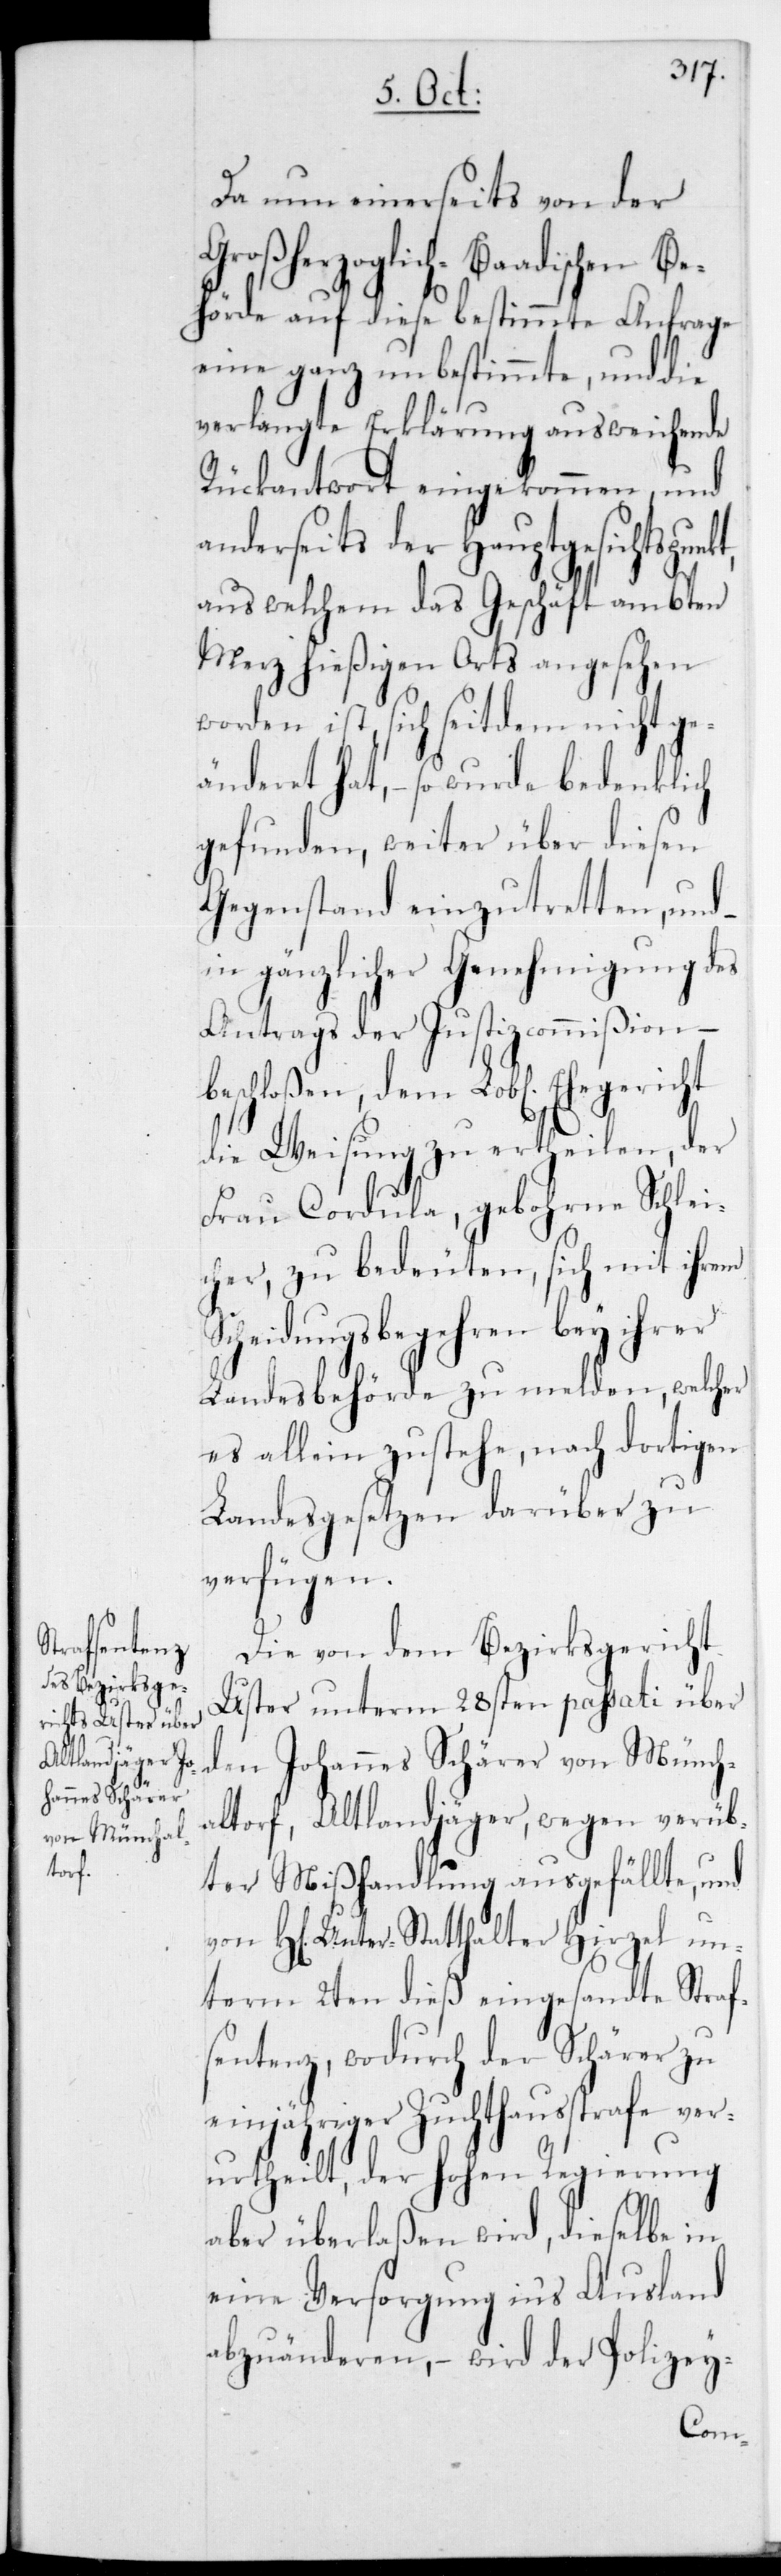
Da nun einerseits von der
Großherzoglich-Baadischen Be¬
hörde auf diese bestimmte Anfrage
eine ganz unbestimmte, und die
verlangte Erklärung ausweichende
Rückantwort eingekommen, und
anderseits der Hauptgesichtspunkt,
aus welchem das Geschäft am 6ten
Merz hießigen Orts angesehen
worden ist, sich seitdem nicht ge¬
änderet hat, – so wurde bedenklich
gefunden, weiter über diesen
Gegenstand einzutretten und –
in gänzlicher Genehmigung des
Antrags der Justizcommißion –
die Weisung zu ertheilen, der
Frau Cordula, gebohrne Schlei¬
cher, zu bedeuten, sich mit ihrem
Scheidungsbegehren bey ihrer
Landesbehörde zu melden, welcher
es allein zustehe, nach dortigen
Landesgesetzen darüber zu
verfügen.
Die von dem Bezirksgericht
Uster unterm 28sten passati über
den Johannes Schärer von Münch¬
altorf, Altlandjäger, wegen verüb¬
ter Mißhandlung ausgefällte, und
H[err] Unterstatthalter Hirzel un¬
term 2ten dieß eingesandte Straf¬
sentenz, wodurch der Schärer zu
einjähriger Zuchthausstrafe ver¬
urtheilt, der Hohen Regierung
aber überlaßen wird, dieselbe in
eine Versorgung in‘s Ausland
abzuänderen, – wird der Polizey-